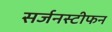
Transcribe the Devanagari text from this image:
सर्जनस्टीफन